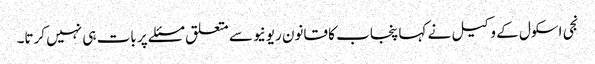
نجی اسکول کے وکیل نے کہا پنجاب کا قانون ریونیو سے متعلق مسئلے پر بات ہی نہیں کرتا۔